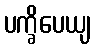
ပက္ခိပေယျ